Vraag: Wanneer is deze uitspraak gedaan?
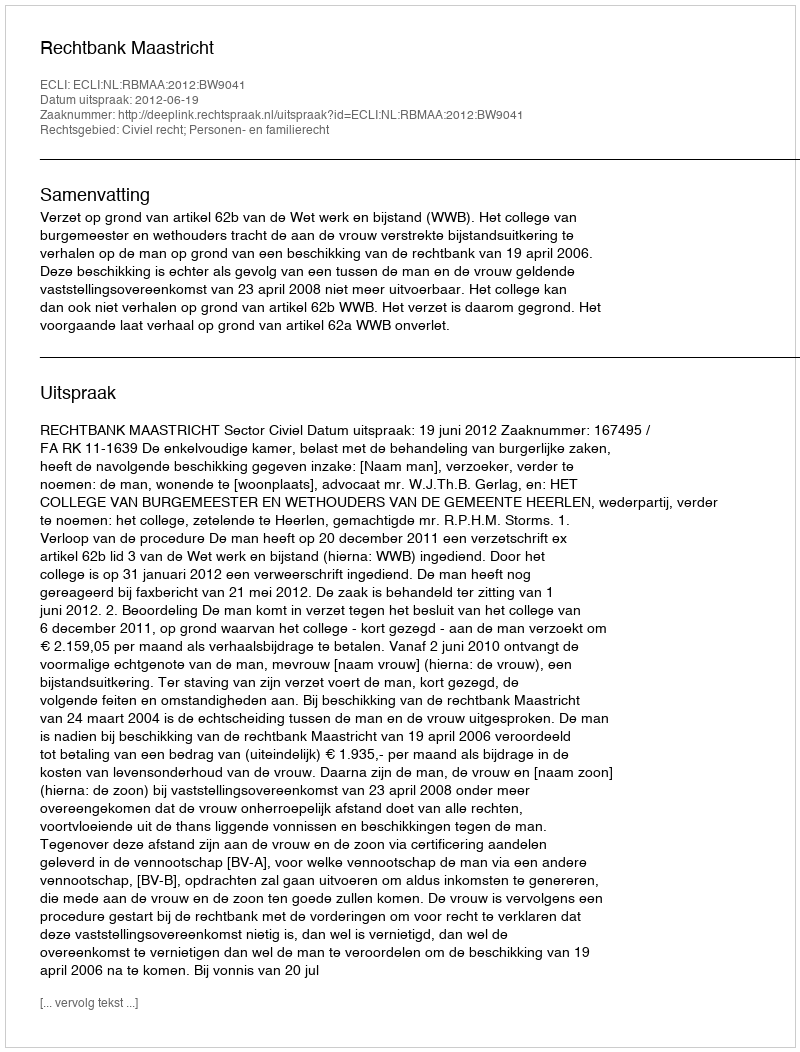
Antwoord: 2012-06-19